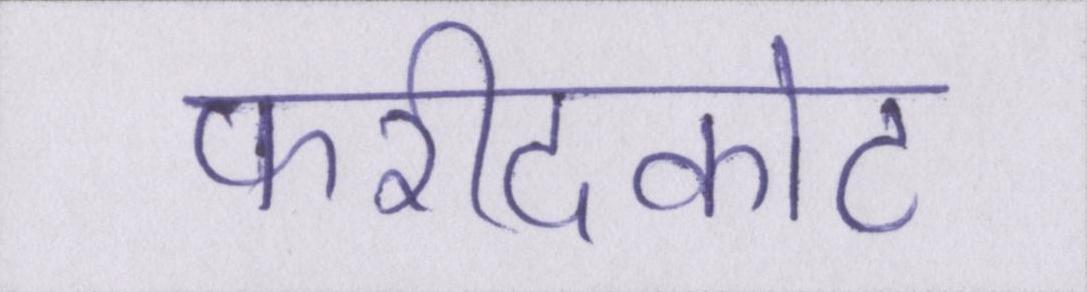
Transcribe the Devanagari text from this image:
फरीदकोट